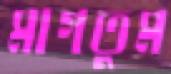
মাগতুম